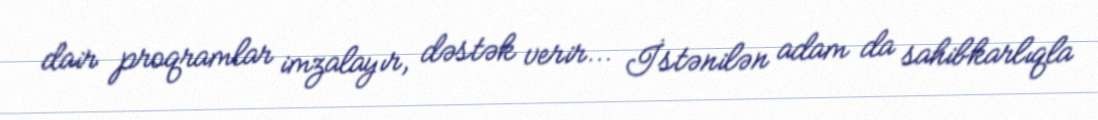
dair proqramlar imzalayır, dəstək verir... İstənilən adam da sahibkarlıqla